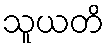
သူယတိ